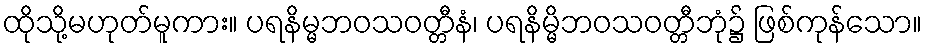
ထိုသို့မဟုတ်မူကား။ ပရနိမ္မဘဝသဝတ္တီနံ၊ ပရနိမ္မိဘဝသဝတ္တီဘုံ၌ ဖြစ်ကုန်သော။